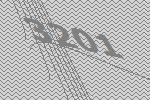
3201